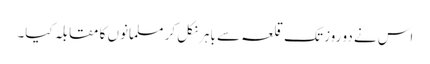
اس نے دو روز تک قلعہ سے باہر نکل کر مسلمانوں کا مقابلہ کیا۔